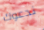
ندعوك